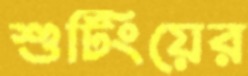
শুটিংয়ের